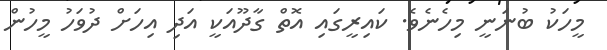
މީހަކު ބުނަނީ މިހެނެވެ. ކައިރީގައި އޮތް ގާދޫއަކީ އަދި އިހަށް ދުވަހު މީހުން